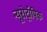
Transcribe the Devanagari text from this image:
न्यूरोट्रॉपिक